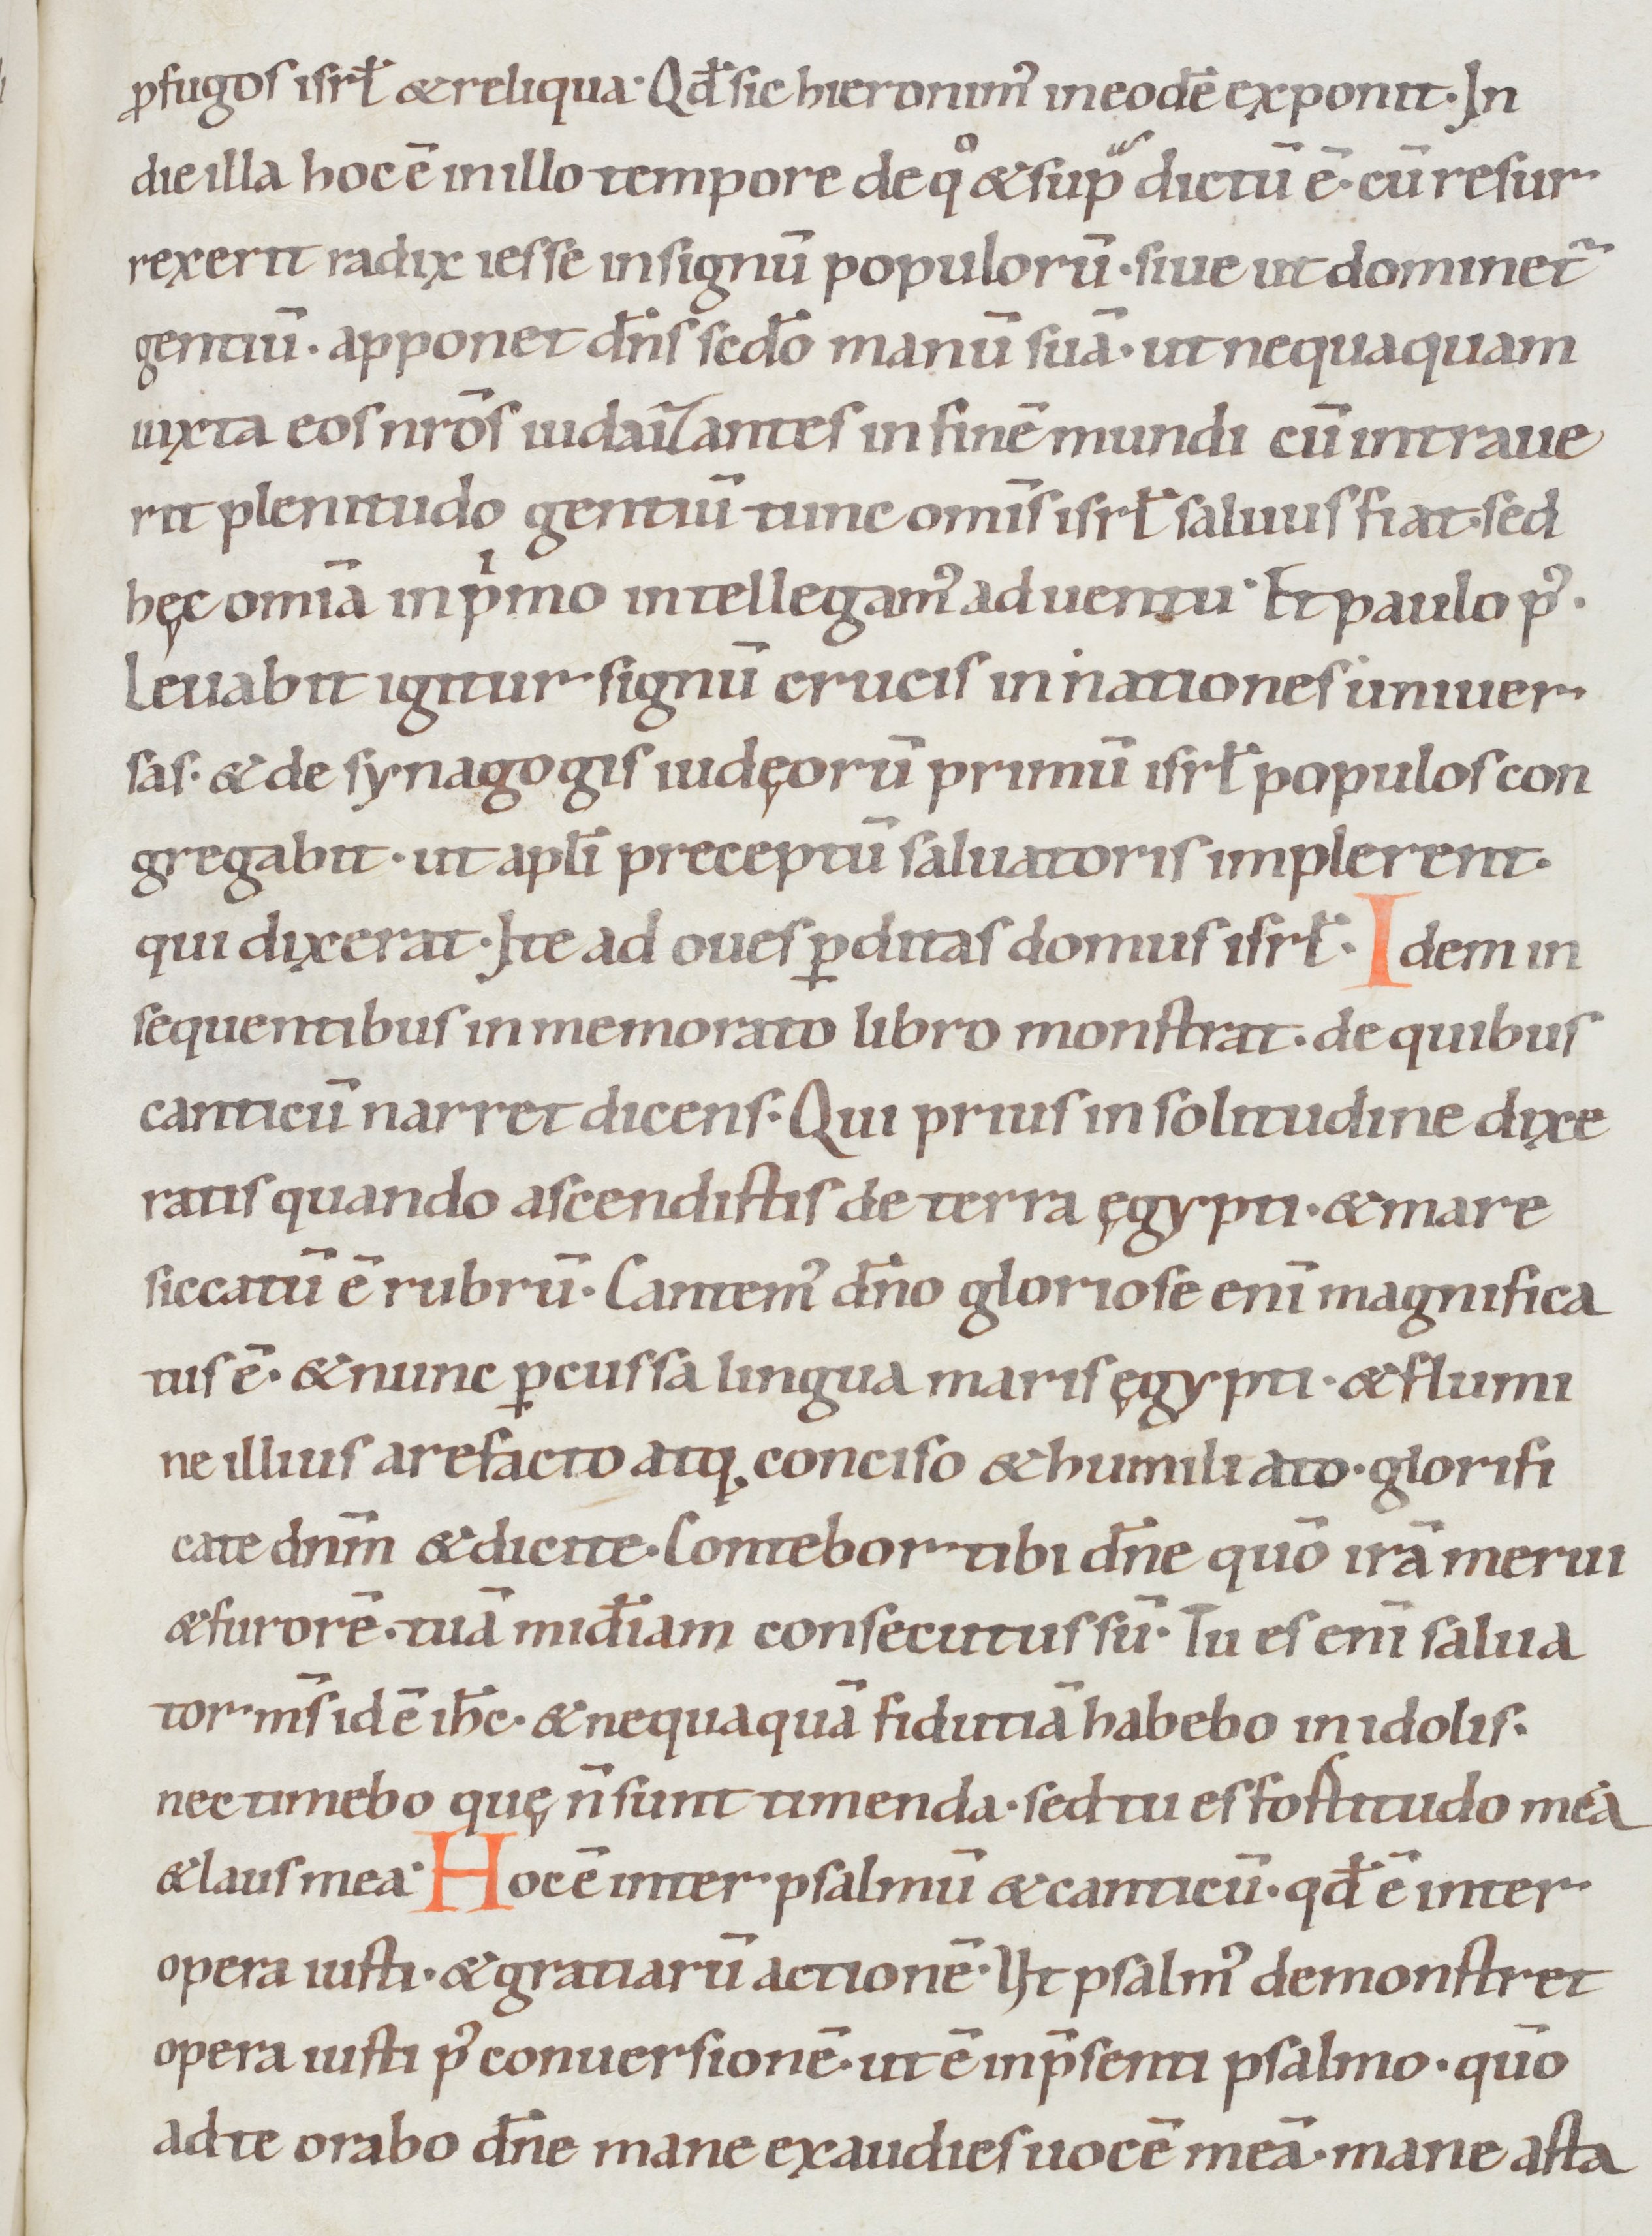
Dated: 1050–1099